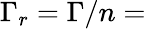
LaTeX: \Gamma_{r}=\Gamma/n=